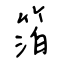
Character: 箔